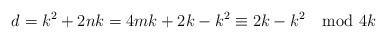
LaTeX: \begin{align*}d=k^2+2nk=4mk+2k-k^2\equiv 2k-k^2 \mod 4k\end{align*}